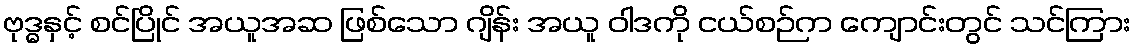
ဗုဒ္ဓနှင့် စင်ပြိုင် အယူအဆ ဖြစ်သော ဂျိန်း အယူ ဝါဒကို ငယ်စဉ်က ကျောင်းတွင် သင်ကြား